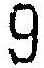
9